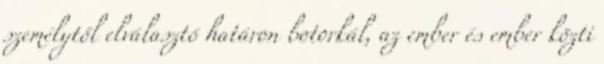
személytől elválasztó határon botorkál, az ember és ember közti